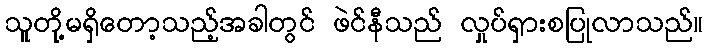
သူတို့မရှိတော့သည့်အခါတွင် ဖဲင်နီသည် လှုပ်ရှားစပြုလာသည်။